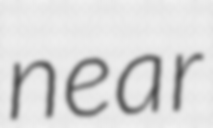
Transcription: near